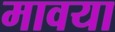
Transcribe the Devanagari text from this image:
मावया